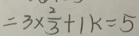
= 3 \times \frac { 2 } { 3 } + 1 k = 5